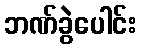
ဘဏ်ခွဲပေါင်း